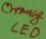
Text: LED